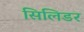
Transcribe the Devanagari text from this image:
सिलिडर